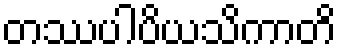
တဿပါပိယသိကာတိ